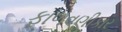
ફાળવણીકાર